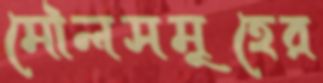
মৌলসমূহের